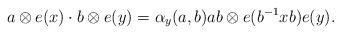
LaTeX: \begin{align*}a\otimes e(x)\cdot b\otimes e(y)=\alpha_y(a,b)ab\otimes e(b^{-1}xb)e(y).\end{align*}